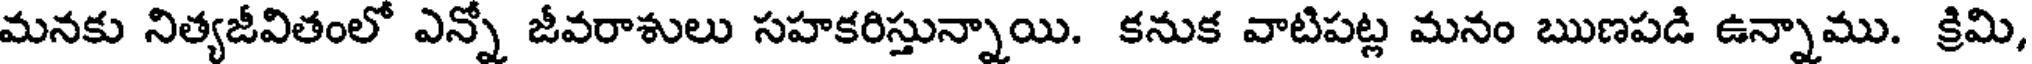
మనకు నిత్యజీవితంలో ఎన్నో జీవరాశులు సహకరిస్తున్నాయి. కనుక వాటిపట్ల మనం ఋణపడి ఉన్నాము. క్రిమి,